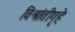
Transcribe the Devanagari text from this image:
विश्रांतीगृहे